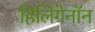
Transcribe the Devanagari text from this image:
हिलिगेनॉन